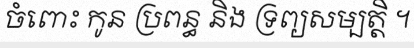
ចំពោះ កូន ប្រពន្ធ និង ទ្រព្យសម្បត្តិ ។